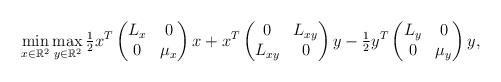
\begin{align*}\min_{x\in \mathbb{R}^2}\max_{y\in \mathbb{R}^2} \tfrac{1}{2}x^T\begin{pmatrix}L_x & 0\\0&\mu_x\end{pmatrix}x+x^T\begin{pmatrix} 0 & L_{xy} \\ L_{xy} & 0 \end{pmatrix}y-\tfrac{1}{2}y^T\begin{pmatrix}L_y & 0\\0&\mu_y\end{pmatrix}y,\end{align*}